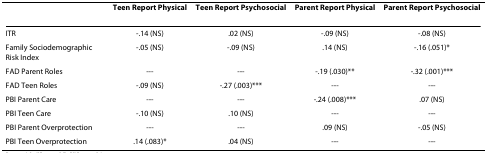
<table><thead><tr><td></td><td><b>Teen Report Physical</b></td><td><b>Teen Report Psychosocial</b></td><td><b>Parent Report Physical</b></td><td><b>Parent Report Psychosocial</b></td></tr></thead><tbody><tr><td>ITR</td><td>-.14 (NS)</td><td>.02 (NS)</td><td>-.09 (NS)</td><td>-.08 (NS)</td></tr><tr><td>Family Sociodemographic Risk Index</td><td>-.05 (NS)</td><td>-.09 (NS)</td><td>.14 (NS)</td><td>-.16 (.051)*</td></tr><tr><td>FAD Parent Roles</td><td>---</td><td>---</td><td>-.19 (.030)**</td><td>-.32 (.001)***</td></tr><tr><td>FAD Teen Roles</td><td>-.09 (NS)</td><td>-.27 (.003)***</td><td>---</td><td>---</td></tr><tr><td>PBI Parent Care</td><td>---</td><td>---</td><td>-.24 (.008)***</td><td>.07 (NS)</td></tr><tr><td>PBI Teen Care</td><td>-.10 (NS)</td><td>.10 (NS)</td><td>---</td><td>---</td></tr><tr><td>PBI Parent Overprotection</td><td>---</td><td>---</td><td>.09 (NS)</td><td>-.05 (NS)</td></tr><tr><td>PBI Teen Overprotection</td><td>.14 (.083)*</td><td>.04 (NS)</td><td>---</td><td>---</td></tr></tbody></table>